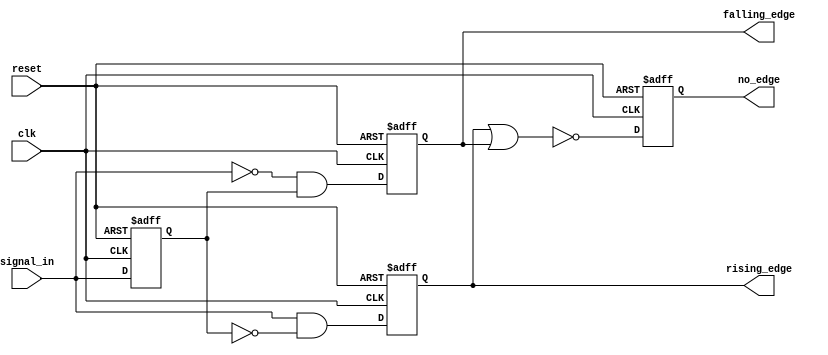
module differential_edge_detector (
    input wire clk,               // Clock signal
    input wire reset,             // Reset signal
    input wire signal_in,         // Input signal to be monitored
    output reg rising_edge,       // Rising edge output
    output reg falling_edge,      // Falling edge output
    output reg no_edge            // No edge output
);

    // Memory block to hold the previous state of the input signal
    reg previous_state;

    // Always block to handle edge detection and state storage
    always @(posedge clk or posedge reset) begin
        if (reset) begin
            // Reset condition
            previous_state <= 1'b0; // Initialize previous state to low
            rising_edge <= 1'b0;     // Clear rising edge output
            falling_edge <= 1'b0;    // Clear falling edge output
            no_edge <= 1'b1;         // Indicate no edge detected
        end else begin
            // Edge detection logic
            rising_edge <= (signal_in == 1'b1 && previous_state == 1'b0);
            falling_edge <= (signal_in == 1'b0 && previous_state == 1'b1);
            no_edge <= ~(rising_edge | falling_edge); // No edge if neither rising nor falling

            // Store the current state for the next clock cycle
            previous_state <= signal_in;
        end
    end

endmodule